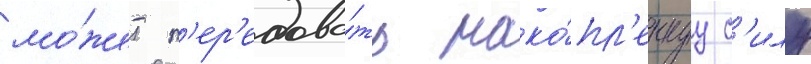
мо́жет п'ер'едава́ть нако́пл'еннуу с'илу